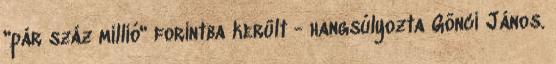
"pár száz millió" forintba került - hangsúlyozta Gönci János.